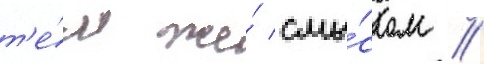
т'е́м же́ смы́слом //